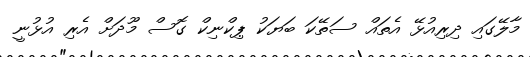
މާލޭގައި ދިރިއުޅޭ އެތައް ސަތޭކަ ބަޔަކު ޕިކްނިކް ގޮސް މޫދަށް އެރި އުޅުނީ